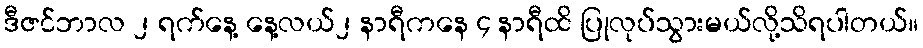
ဒီဇင်ဘာလ ၂ ရက်နေ့ နေ့လယ်၂ နာရီကနေ ၄ နာရီထိ ပြုလုပ်သွားမယ်လို့သိရပါတယ်။